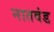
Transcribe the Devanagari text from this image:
नातवंड